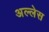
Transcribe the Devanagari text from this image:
अल्लेस